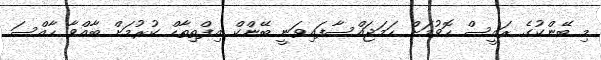
މި ބޭންކުގެ ރައީސް ހޮވުމަށް ހަމަޖައްސާފައިވަނީ ބޭންކް އިފްތިތާހް ކުރުމަށް ބާއްވާ ހާއްސަ